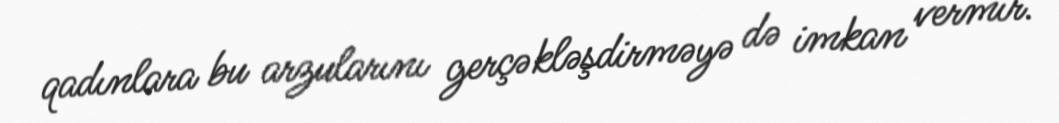
qadınlara bu arzularını gerçəkləşdirməyə də imkan vermir.